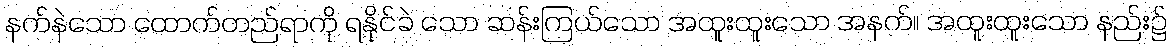
နက်နဲသော ထောက်တည်ရာကို ရနိုင်ခဲ သော ဆန်းကြယ်သော အထူးထူးသော အနက်။ အထူးထူးသော နည်း၌